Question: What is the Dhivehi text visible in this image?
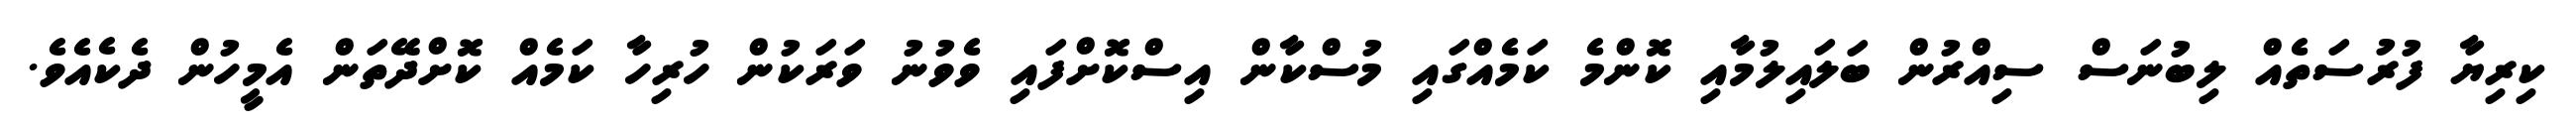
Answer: ކިރިޔާ ފުރުސަތެއް ލިބުނަސް ސިއްރުން ބަލައިލުމާއި ކޮންމެ ކަމެއްގައި މުސްކާން އިސްކޮށްފައި ވެވުނު ވަރަކުން ހުރިހާ ކަމެއް ކޮށްދޭތަން އެމީހުން ދެކެއެވެ.